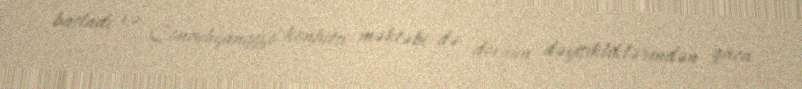
başladı və Concuhyanggyo konfutsi məktəbi də dövrün dəyişikliklərindən qaça